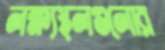
লক্ষ্যস্থলগুলোর